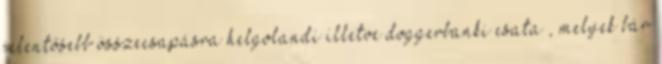
jelentősebb összecsapásra helgolandi illetve doggerbanki csata , melyek bár